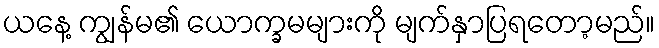
ယနေ့ ကျွန်မ၏ ယောက္ခမများကို မျက်နှာပြရတော့မည်။